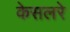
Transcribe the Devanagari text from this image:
केसलरे